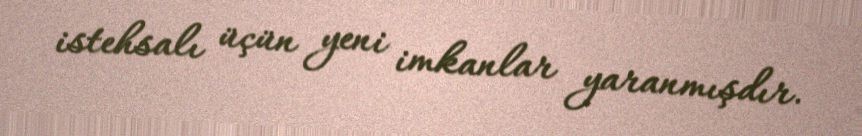
istehsalı üçün yeni imkanlar yaranmışdır.